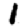
Digit: 1